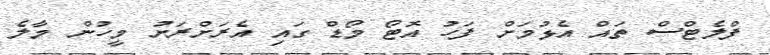
ފްލެޓްސް ތައް އެޅުމަށް ފަހު އޮޓޯ މޯޑް ގައި އެރަށްރަށު މީހުން މާލެ